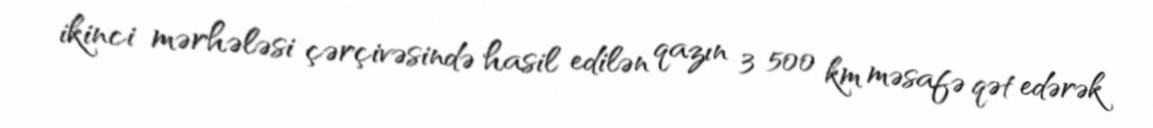
ikinci mərhələsi çərçivəsində hasil edilən qazın 3 500 km məsafə qət edərək